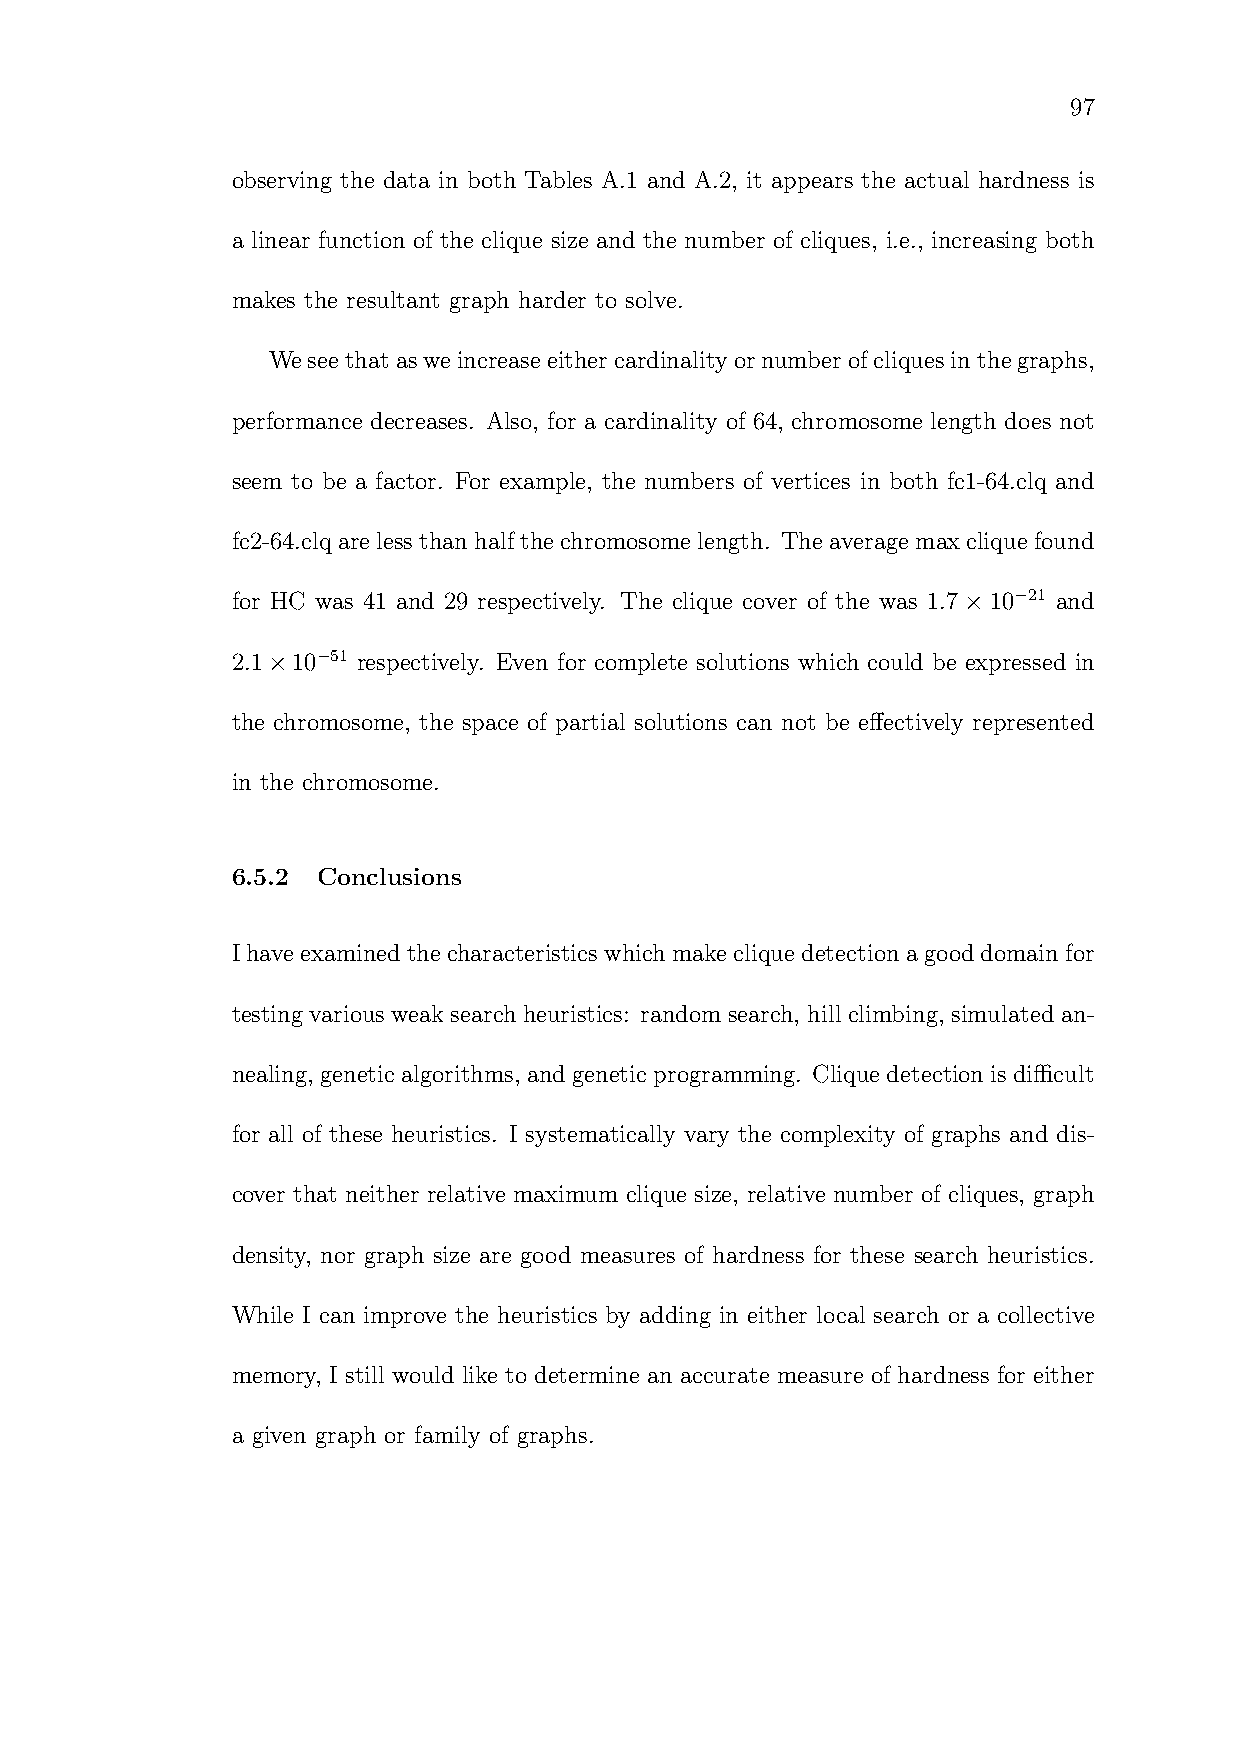
97
 observing the data in both Tables A.1 and A.2, it appears the actual hardness is
 a linear function of the clique size and the number of cliques, i.e., increasing both
 makes the resultant graph harder to solve.
 Weseethatasweincrease eithercardinalityornumber ofcliquesinthegraphs,
 performance decreases. Also, for a cardinality of 64, chromosome length does not
 seem to be a factor. For example, the numbers of vertices in both fc1-64.clq and
 fc2-64.clqareless thanhalfthechromosome length. The average maxclique found
 for HC was 41 and 29 respectively. The clique cover of the was 1.7×10−21 and
 2.1×10−51 respectively. Even for complete solutions which could be expressed in
 the chromosome, the space of partial solutions can not be effectively represented
 in the chromosome.
 6.5.2 Conclusions
 Ihaveexamined thecharacteristics whichmakeclique detectionagooddomainfor
 testing various weak search heuristics: random search, hill climbing, simulated an-
 nealing, genetic algorithms, andgeneticprogramming. Cliquedetection isdifficult
 for all of these heuristics. I systematically vary the complexity of graphs and dis-
 cover that neither relative maximum clique size, relative number of cliques, graph
 density, nor graph size are good measures of hardness for these search heuristics.
 While I can improve the heuristics by adding in either local search or a collective
 memory, I still would like to determine an accurate measure of hardness for either
 a given graph or family of graphs.